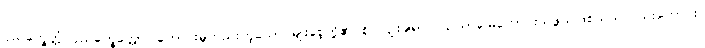
ပုညက္ခေတ္တံ ပုညက္ခေတ္တော၊ ကောင်းမှုတည်းဟူသော မျိုးစေ့တို့၏ စိုက်ပျိုးချရာလယ်ယာမြေကောင်းသဖွယ်ဖြစ်သည်လည်းကောင်း။